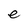
Character: e